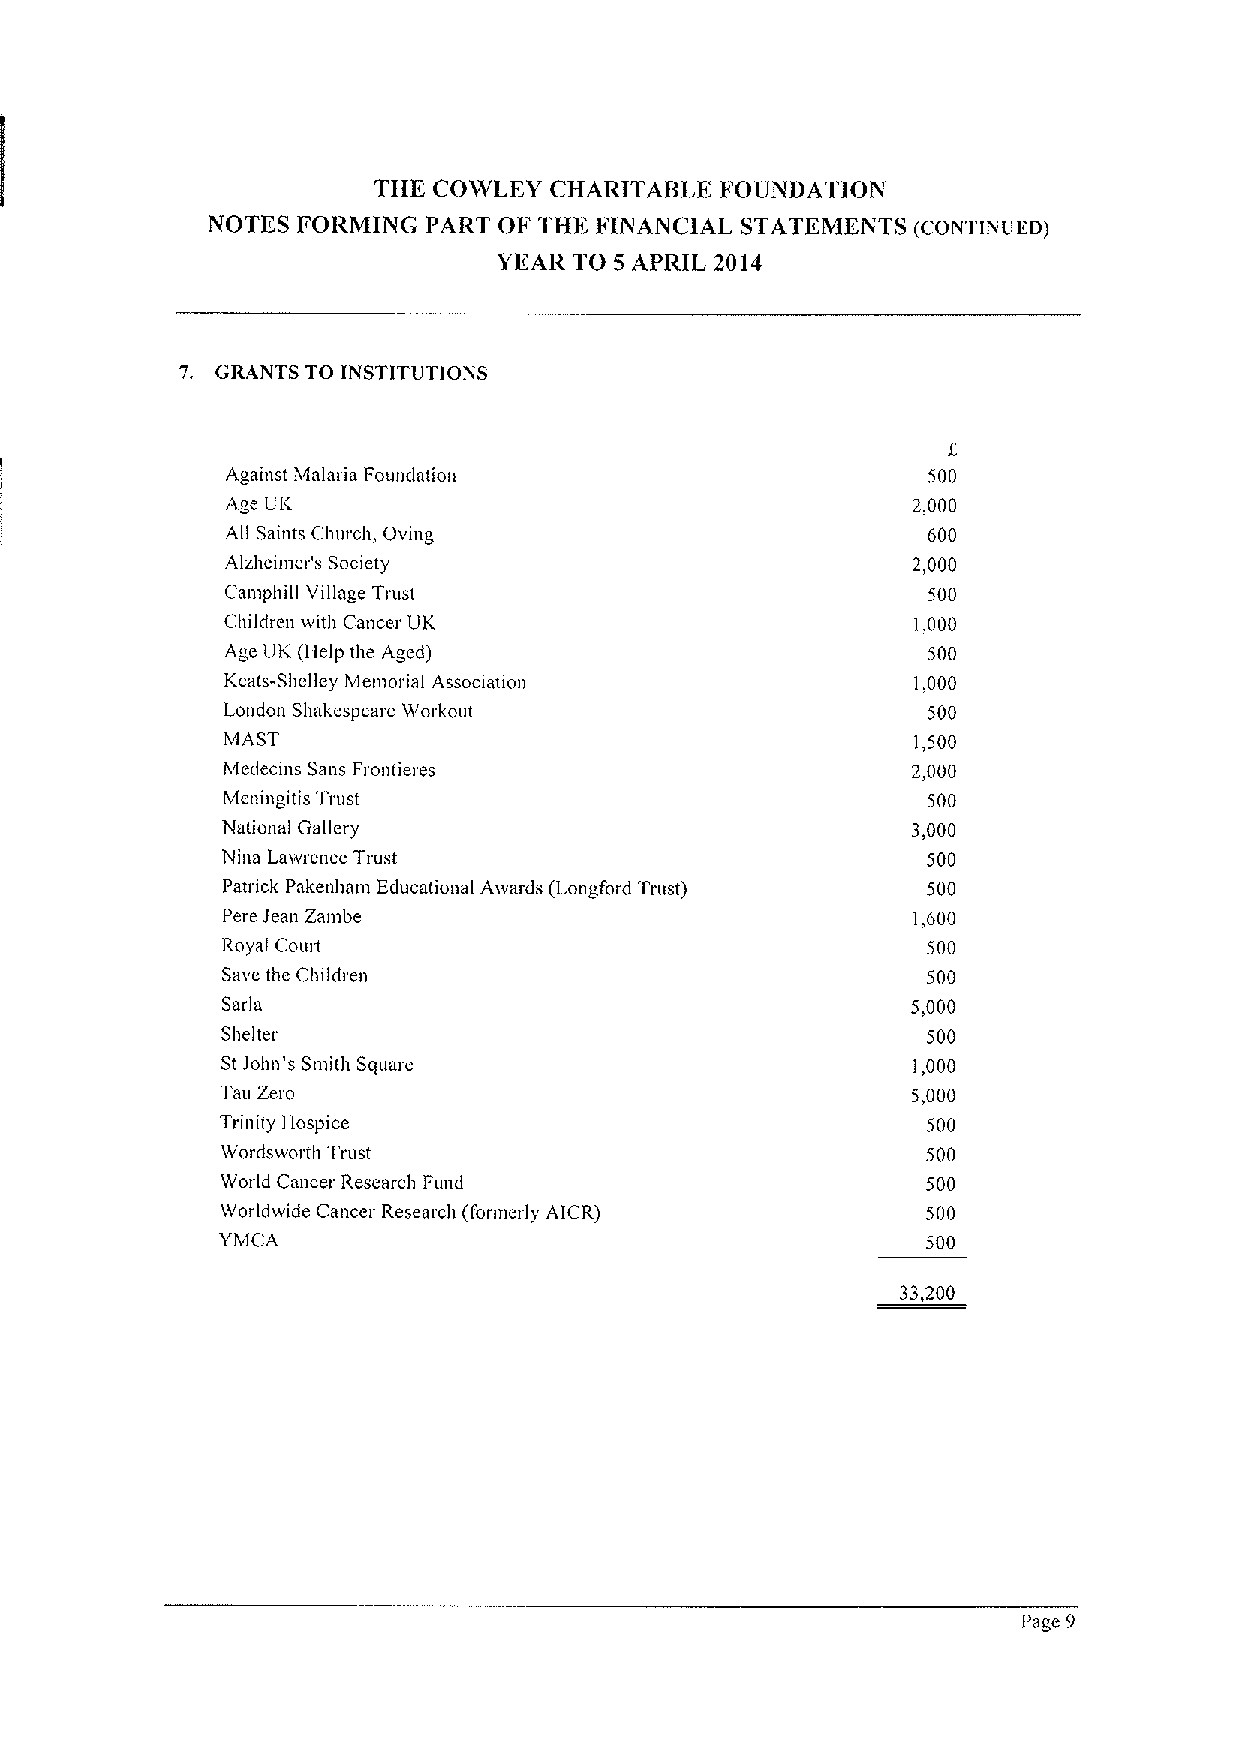
THE COWLEY CHARITAIILE FOUNDATION
 NOTES FORMING PART OF THF. FINANCIAL STATEMENTS (CONTINUED)
 YEAR TO 5 APRIL Z014
 7. GRANTS TO INSTITUTIONS
 Against Malaria Foundation                    500
 Age UK                                       2,000
 All Saints Church, Oving                      600
 Alzheimer's Society                          2,000
 Camphill Village Trust                        500
 Children v,ith Cancer UK                     1,000
 Age UK (I-Ielp the Aged)                      500
 Keats-Shelley Memorial Association           1.000
 Lolldolt Shakespeare Workout                  500
 MAST                                         1,500
 Medecins Sans Frontieres                     2,000
 Meningitis Trust                              500
 National Gallery                             3,000
 Nina Lawrrntce Trust                          500
 Patrick Pakenham Educational Awards (Longford Trust) 500
 Pere Jean Zambe                              1,600
 Royal Court                                   500
 Save the Children                             500
 Sarla                                        5,000
 Shelter                                       500
 StJohn's Smith Square                        1,000
 Tau Zero                                     5,000
 Trinity Hospice                               500
 Wordsworth Trust                              500
 World Cancer Research Fund                    500
 Worldwide Cancer Research (fortnerly AICR)    500
 YMCA                                           500
 33,200
 Page 9